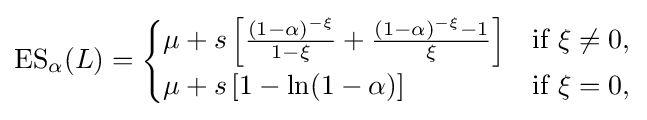
\operatorname {ES} _{\alpha }(L)={\begin{cases}\mu +s\left[{\frac {(1-\alpha )^{-\xi }}{1-\xi }}+{\frac {(1-\alpha )^{-\xi }-1}{\xi }}\right]&{\text{if }}\xi \neq 0,\\\mu +s\left[1-\ln(1-\alpha )\right]&{\text{if }}\xi =0,\end{cases}}